On a parasite found in persons suffering from enlargement of the spleen in India - Number 15
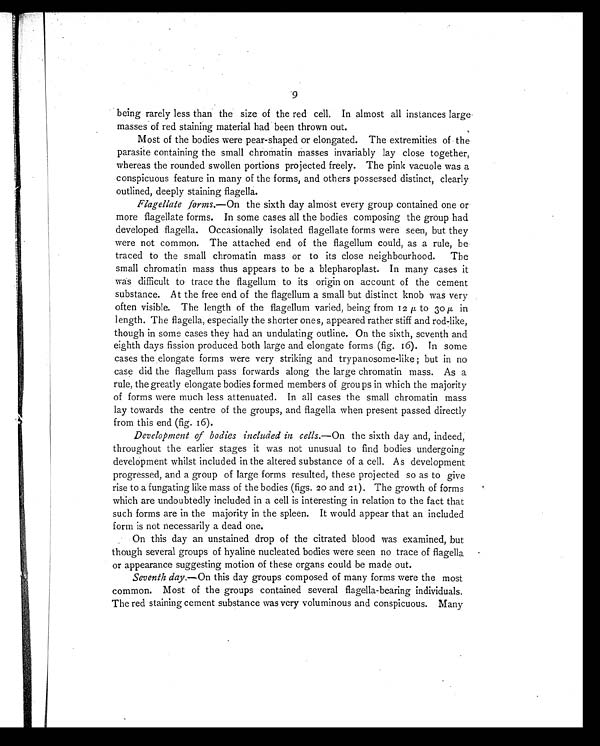
9
being rarely less than the size of the red cell. In almost all instances large
masses of red staining material had been thrown out.
Most of the bodies were pear-shaped or elongated. The extremities of the
parasite containing the small chromatin masses invariably lay close together,
whereas the rounded swollen portions projected freely. The pink vacuole was a
conspicuous feature in many of the forms, and others possessed distinct, clearly
outlined, deeply staining flagella.
Flagellate forms.—On the sixth day almost every group contained one or
more flagellate forms. In some cases all the bodies composing the group had
developed flagella. Occasionally isolated flagellate forms were seen, but they
were not common. The attached end of the flagellum could, as a rule, be
traced to the small chromatin mass or to its close neighbourhood. The
small chromatin mass thus appears to be a blepharoplast. In many cases it
was difficult to trace the flagellum to its origin on account of the cement
substance. At the free end of the flagellum a small but distinct knob was very
often visible. The length of the flagellum varied, being from 12 µ to 30µ in
length. The flagella, especially the shorter ones, appeared rather stiff and rod-like,
though in some cases they had an undulating outline. On the sixth, seventh and
eighth days fission produced both large and elongate forms (fig. 16). In some
cases the elongate forms were very striking and trypanosome-like ; but in no
case did the flagellum pass forwards along the large chromatin mass. As a
rule, the greatly elongate bodies formed members of grou ps in which the majority
of forms were much less attenuated. In all cases the small chromatin mass
lay towards the centre of the groups, and flagella when present passed directly
from this end (fig. 16).
Development of bodies included in cells .—On the sixth day and, indeed,
throughout the earlier stages it was not unusual to find bodies undergoing
development whilst included in the altered substance of a cell. As development
progressed, and a group of large forms resulted, these projected so as to give
rise to a fungating like mass of the bodies (figs. 20 and 21). The growth of forms
which are undoubtedly included in a cell is interesting in relation to the fact that
such forms are in the majority in the spleen. It would appear that an included
form is not necessarily a dead one.
On this day an unstained drop of the citrated blood was examined, but
though several groups of hyaline nucleated bodies were seen no trace of flagella
or appearance suggesting motion of these organs could be made out.
Seventh day .—On this day groups composed of many forms were the most
common. Most of the groups contained several flagella-bearing individuals.
The red staining cement substance was very voluminous and conspicuous. Many